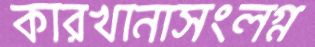
কারখানাসংলগ্ন